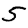
Digit: 5